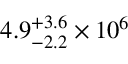
4 . 9 _ { - 2 . 2 } ^ { + 3 . 6 } \times 1 0 ^ { 6 }